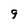
Character: 9